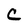
Character: C